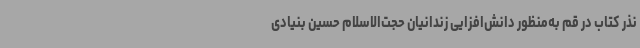
نذر کتاب در قم به‌منظور دانش‌افزایی زندانیان حجت‌الاسلام حسین بنیادی